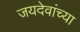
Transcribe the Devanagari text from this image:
जयदेवांच्या